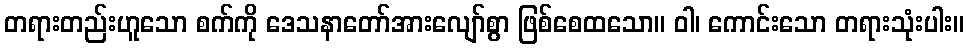
တရားတည်းဟူသော စက်ကို ဒေသနာတော်အားလျော်စွာ ဖြစ်စေထသော။ ဝါ၊ ကောင်းသော တရားသုံးပါး။